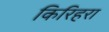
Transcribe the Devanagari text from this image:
किरिहरा